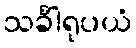
သင်္ခါရုပယံ